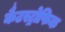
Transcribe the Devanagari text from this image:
कैटस्ट्रोफिक